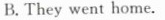
B. They went home.